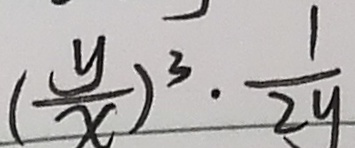
( \frac { y } { x } ) ^ { 3 } \cdot \frac { 1 } { 2 y }